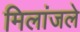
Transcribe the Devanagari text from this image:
मिलांजले